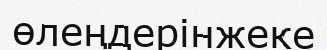
өлеңдерінжеке